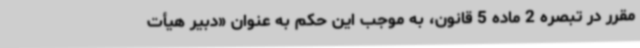
مقرر در تبصره 2 ماده 5 قانون، به موجب این حکم به عنوان «دبیر هیأت